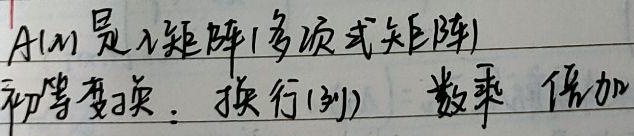
\(A(\lambda)\)是\(\lambda\)矩阵（多项式矩阵）。初等变换：换行（列）、数乘、倍加。